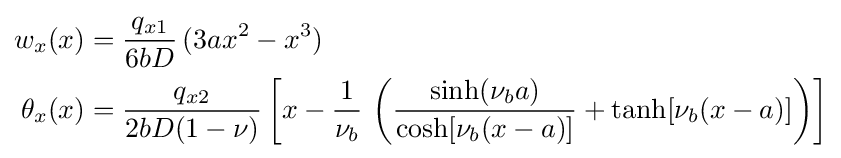
{\begin{aligned}w_{x}(x)&={\frac {q_{x1}}{6bD}}\,(3ax^{2}-x^{3})\\\theta _{x}(x)&={\frac {q_{x2}}{2bD(1-\nu )}}\left[x-{\frac {1}{\nu _{b}}}\,\left({\frac {\sinh(\nu _{b}a)}{\cosh[\nu _{b}(x-a)]}}+\tanh[\nu _{b}(x-a)]\right)\right]\end{aligned}}